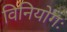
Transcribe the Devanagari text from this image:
विनियोगः